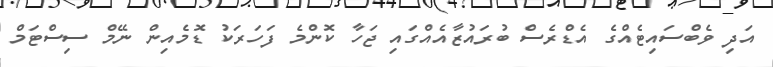
އަދި ވެބްސައިޓެއްގެ އެޑްރެސް ބުރައުޒާއެއްގައި ޖަހާ ކޮންމެ ފަހަރަކު ޑޮމެއިން ނޭމް ސިސްޓަމް